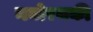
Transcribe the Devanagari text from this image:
मनोरथकी